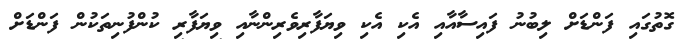
ގޮތުގައި ފަންޑަށް ލިބުނު ފައިސާއާއި އެކި އެކި ވިޔަފާރިވެރިންނާއި ވިޔަފާރި ކުންފުނިތަކުން ފަންޑަށް